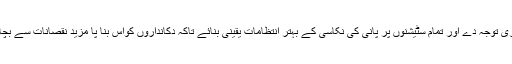
انہوں نے اس بات پر زور دیا کہ حکومت اس اہم مسئلے کی طرف فوری توجہ دے اور تمام سٹیشنوں پر پانی کی نکاسی کے بہتر انتظامات یقینی بنائے تاکہ دکانداروں کواس بنا پا مزید نقصانات سے بچایا جا سکے اور عوام کو بھی کسی ناگہانی حادثے سے بچایا جا سکے۔